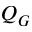
Q _ { G }